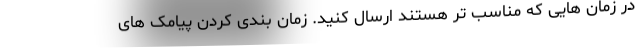
در زمان هایی که مناسب تر هستند ارسال کنید. زمان بندی کردن پیامک های